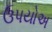
ઉપયોઅ